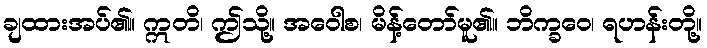
ချထားအပ်၏။ ဣတိ၊ ဤသို့။ အဝေါစ၊ မိန့်တော်မူ၏။ ဘိက္ခဝေ၊ ရဟန်းတို့။